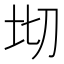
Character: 𭎄